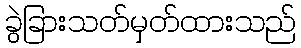
ခွဲခြားသတ်မှတ်ထားသည်